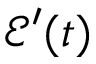
\mathcal { E } ^ { \prime } ( t )